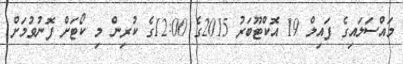
މައްސަލައިގެ ފައިލް 19 އޮކްޓޫބަރު 2015ގެ 12:00ގެ ކުރިން މި ކޯޓަށް ފޮނުވުމަށް